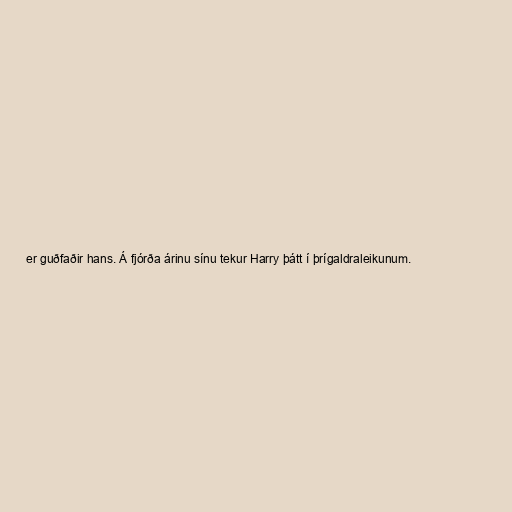
er guðfaðir hans. Á fjórða árinu sínu tekur Harry þátt í þrígaldraleikunum.